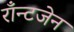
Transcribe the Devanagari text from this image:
राँन्टजेन